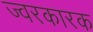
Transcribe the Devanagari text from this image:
ज्‍वरकारक